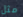
مثل